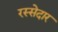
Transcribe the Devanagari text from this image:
रस्सेदार